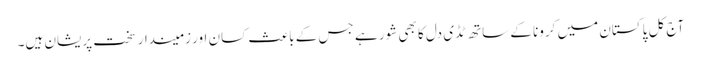
آج کل پاکستان میں کرونا کے ساتھ ٹڈی دل کا بھی شور ہے جس کے باعث کسان اور زمیندار سخت پریشان ہیں۔